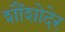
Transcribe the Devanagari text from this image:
शौंशोदेर